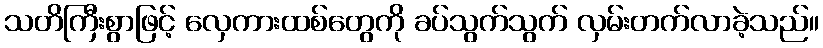
သတိကြီးစွာဖြင့် လှေကားထစ်တွေကို ခပ်သွက်သွက် လှမ်းတက်လာခဲ့သည်။